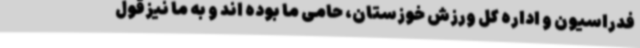
فدراسیون و اداره کل ورزش خوزستان، حامی ما بوده اند و به ما نیزقول